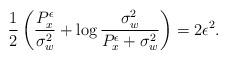
LaTeX: \begin{align*}\frac{1}{2}\left(\frac{P_x^{\epsilon}}{\sigma_w^2} + \log \frac{\sigma_w^2}{P_x^{\epsilon} + \sigma_w^2}\right) = 2 \epsilon^2.\end{align*}